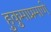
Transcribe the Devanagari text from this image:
हुकुमाप्रमाणे